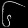
Digit: ၆